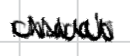
Text: church
Cross-out: mix
Writing tool: digital_black